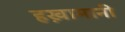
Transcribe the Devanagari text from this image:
हख़ामानी